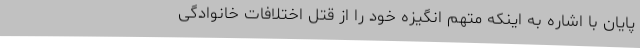
پایان با اشاره به اینکه متهم انگیزه خود را از قتل اختلافات خانوادگی